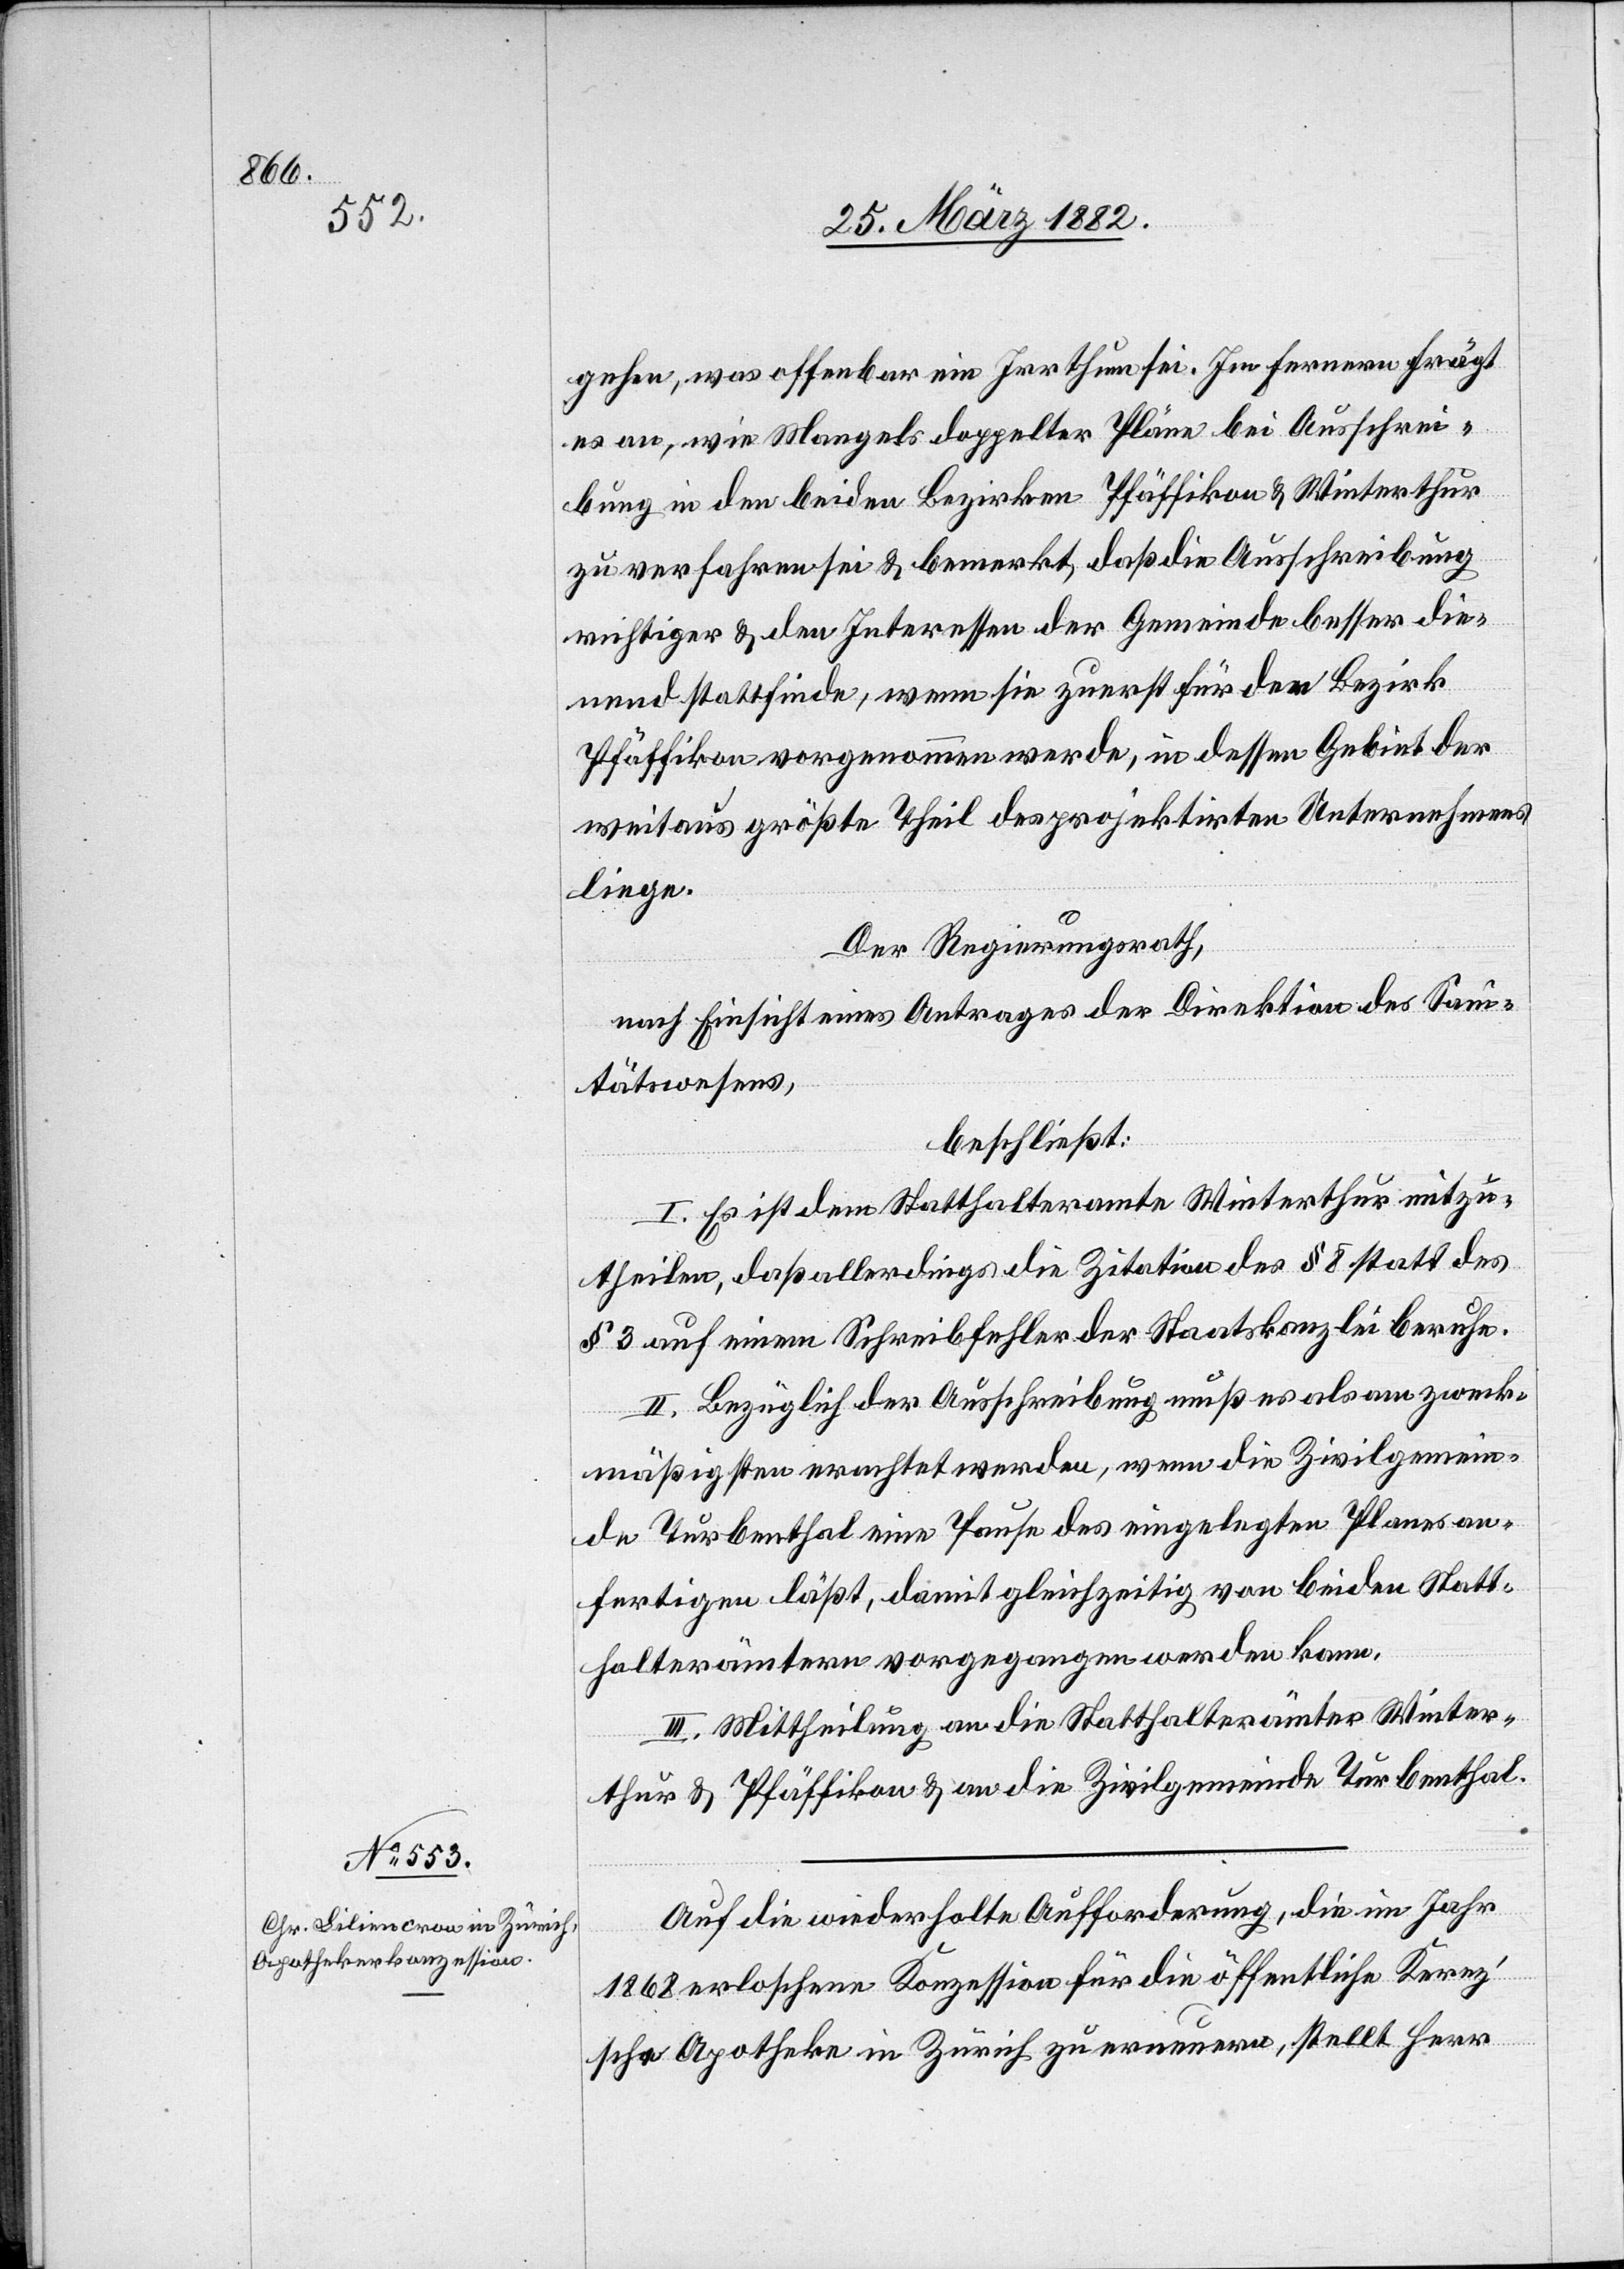
gehen, was offenbar ein Irrthum sei. Im ferneren frägt
es an, wie mangels doppelter Pläne bei Ausschrei¬
bung in den beiden Bezirken Pfäffikon & Winterthur
zu verfahren sei & bemerkt, daß die Ausschreibung
richtiger & den Interesse der Gemeinde besser die¬
nend stattfinden, wenn sie zuerst für den Bezirk
Pfäffikon vorgenommen werden, in dessen Gebiet der
weitaus größte Theil des projektierten Unternehmens
liege.
Der Regierungsrath,
nach Einsicht eines Antrages der Direktion des Sani¬
tätswesens,
beschließt:
I. Es ist dem Statthalteramte Winterthur mitzu¬
theilen, daß allerdings die Zitation des § 8 statt des
§ 3 auf einen Schreibfehler der Staatskanzlei beruhe.
II. Bezüglich der Ausschreibung muß es als am zweck¬
mäßigsten erachtet werden, wenn die Zivilgemein¬
de Turbenthal eine Pause des eingelegten Planes an¬
fertigen läßt, damit gleichzeitig von beiden Statt¬
halterämter vorgegangen werden kann.
III. Mittheilung an die Statthalterämter Winter¬
thur & Pfäffikon & an die Zivilgemeinde Turbenthal.
Auf die wiederholte Aufforderung, die im Jahr
1868 erloschene Konzession für die öffentliche Kerez’s¬
che Apotheke in Zürich zu erneuern, stellt Herr